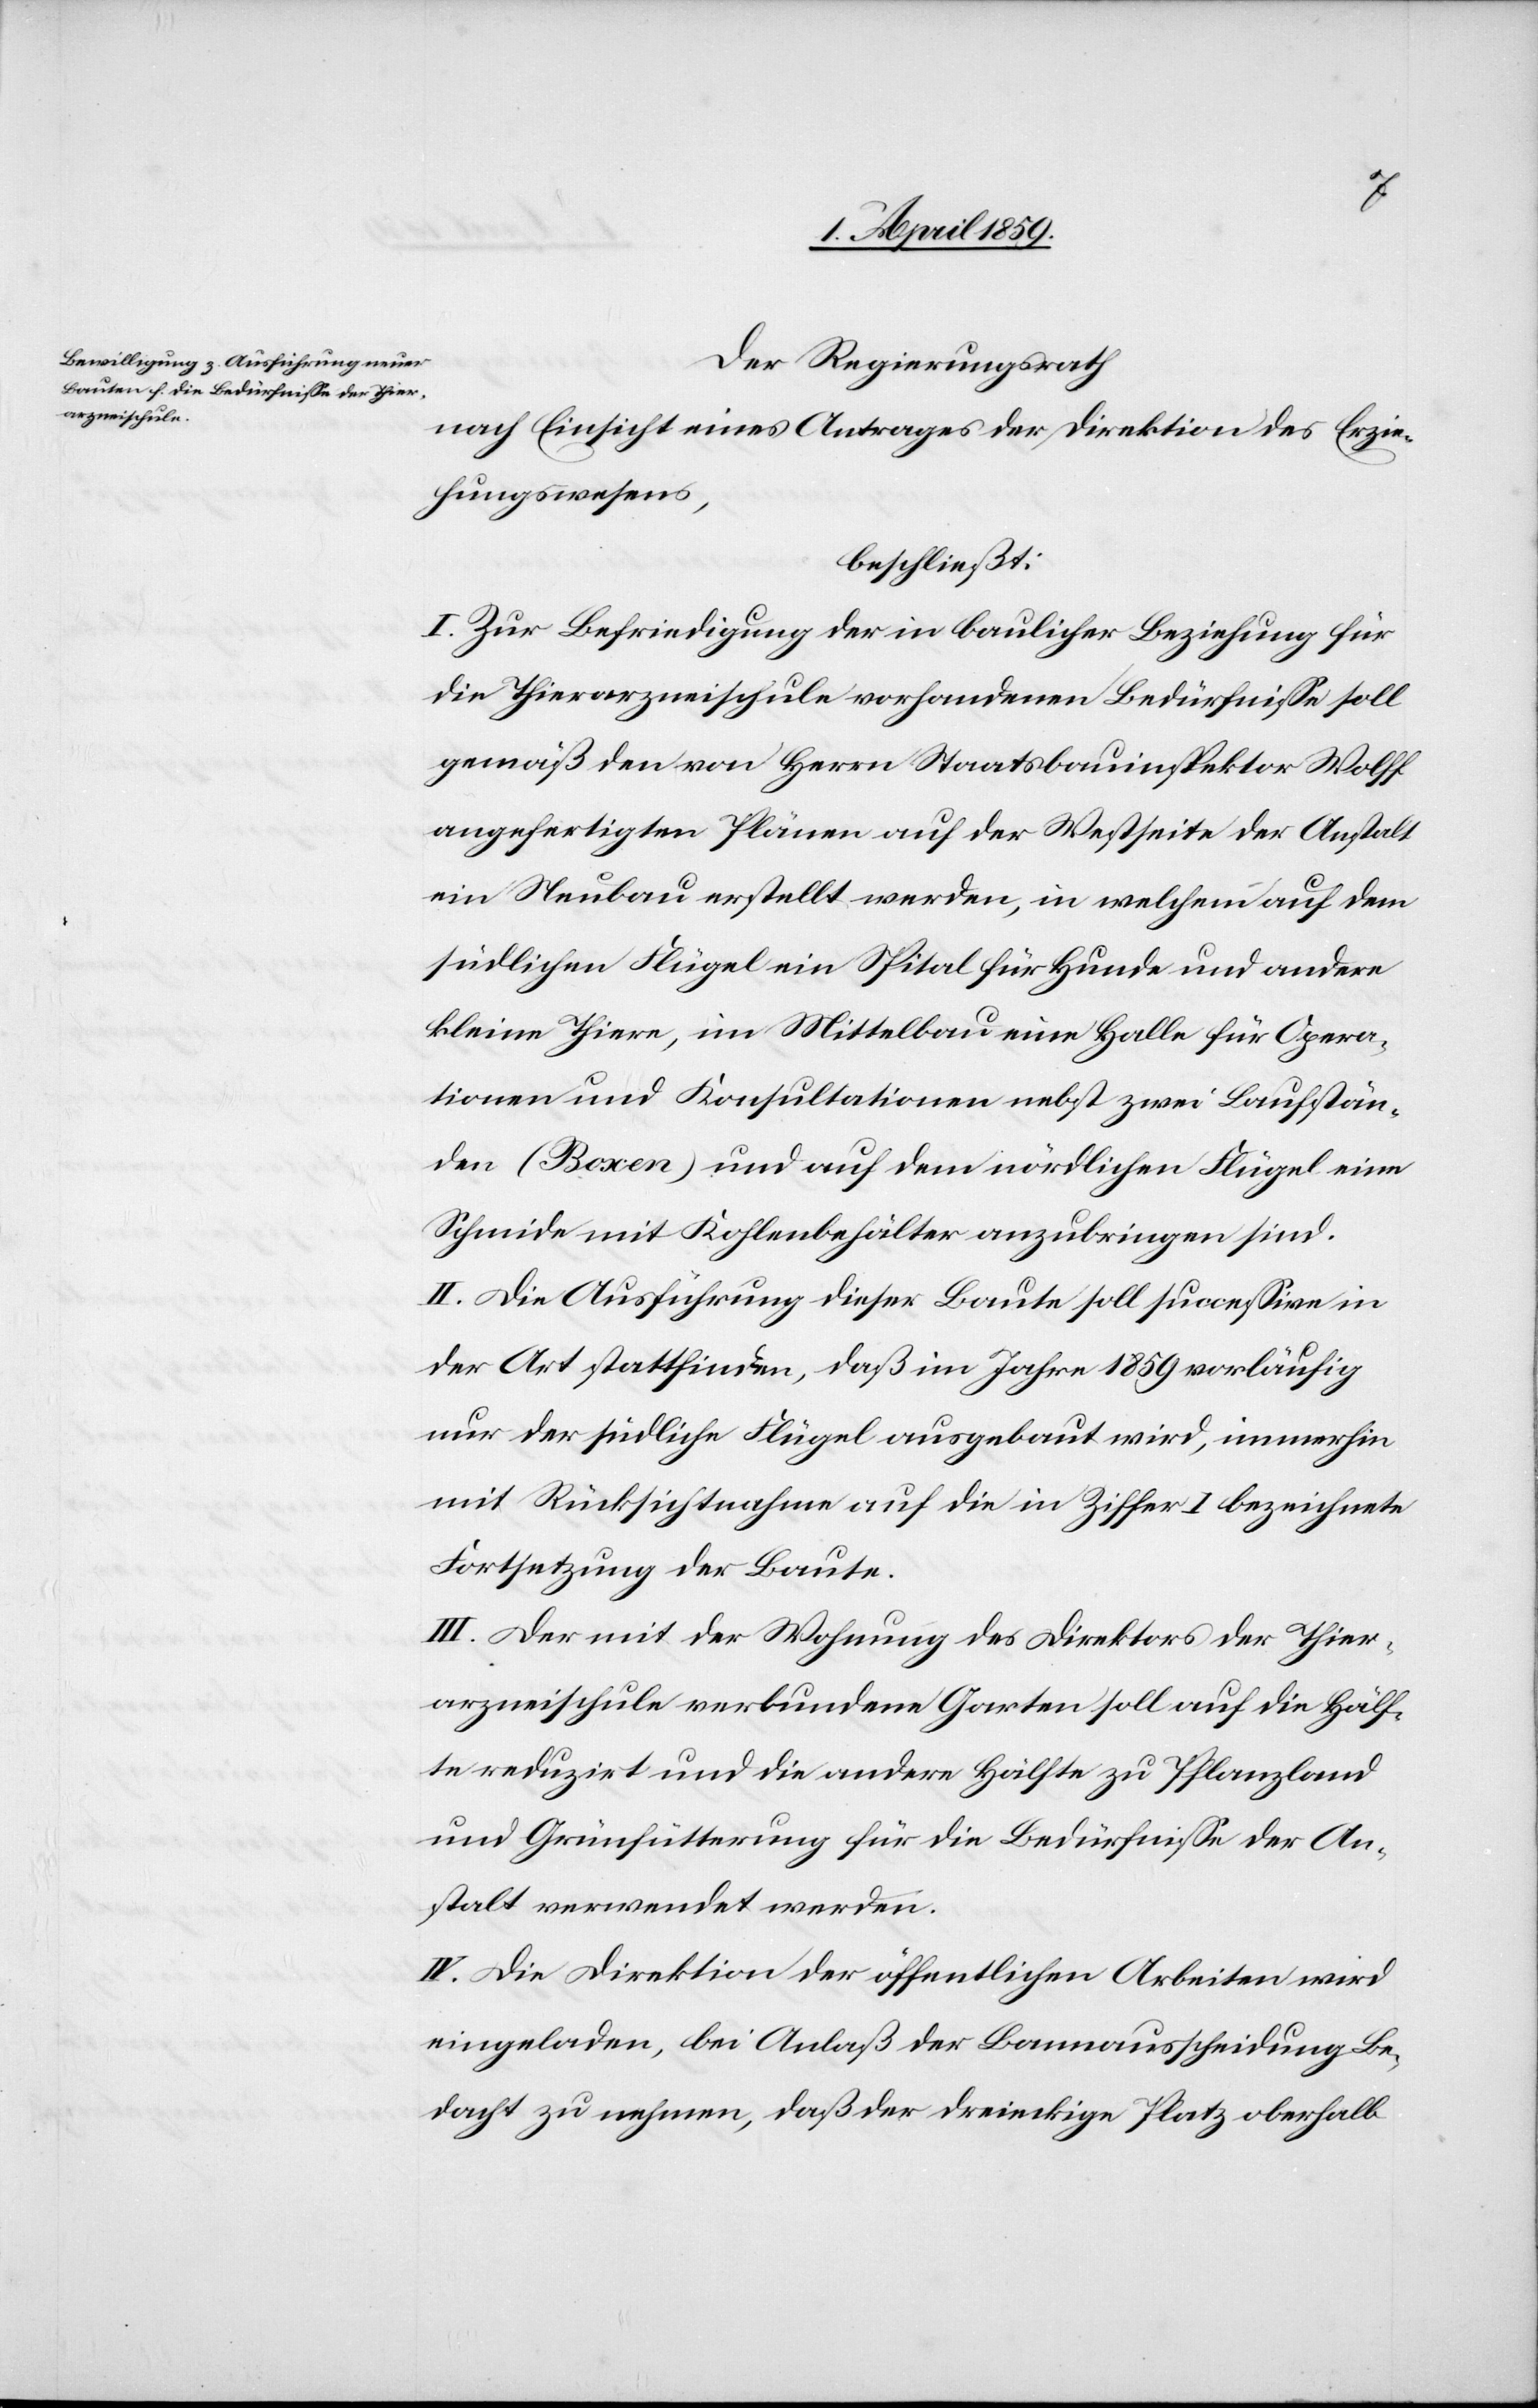
Der Regierungsrath
nach Einsicht eines Antrages der Direktion des Erzie¬
hungswesens,
beschließt:
I. Zur Befriedigung der in baulicher Beziehung für
die Thierarzneischule vorhandenen Bedürfniße soll
gemäß den von Herrn Staatsbauinspektor Wolff
angefertigten Plänen auf der Westseite der Anstalt
ein Neubau erstellt werden, in welchem auf dem
südlichen Flügel ein Spital für Hunde und andere
kleine Thiere, im Mittelbau eine Halle für Opera¬
tionen und Konsultationen nebst zwei Laufstän¬
den (Boxen) und auf dem nördlichen Flügel eine
Schmide mit Kohlenbehälter anzubringen sind.
II. Die Ausführung dieser Baute soll succeßive in
der Art stattfinden, daß im Jahre 1859 vorläufig
nur der südliche Flügel ausgebaut wird, immerhin
mit Rücksichtnahme auf die in Ziffer I bezeichnete
Fortsetzung der Baute.
III. Der mit der Wohnung des Direktors der Thier¬
arzneischule verbundenen Garten soll auf die Hälf¬
te reduzirt und die andere Hälfte zu Pflanzland
und Grünfütterung für die Bedürfniße der An¬
stalt verwendet werden.
IV. Die Direktion der öffentlichen Arbeiten wird
eingeladen, bei Anlaß der Bannausscheidung Be¬
dacht zu nehmen, daß der dreieckige Platz oberhalb